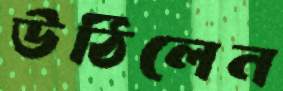
উঠিলেন